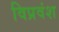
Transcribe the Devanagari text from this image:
विप्रवंश